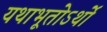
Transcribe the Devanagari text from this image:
यथाभूतोऽर्थो